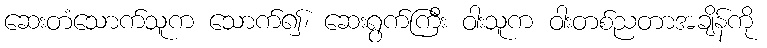
ဆေးတံသောက်သူက သောက်၍၊ ဆေးရွက်ကြီး ဝါးသူက ဝါးတစ်ညတာအချိန်ကို